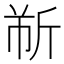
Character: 𫿹